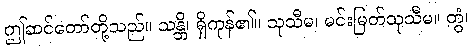
ဤဆင်တော်တို့သည်။ သန္တိ၊ ရှိကုန်၏။ သုသီမ၊ မင်းမြတ်သုသီမ။ တွံ၊